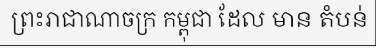
ព្រះរាជាណាចក្រ កម្ពុជា ដែល មាន តំបន់